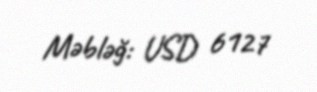
Məbləğ: USD 6127